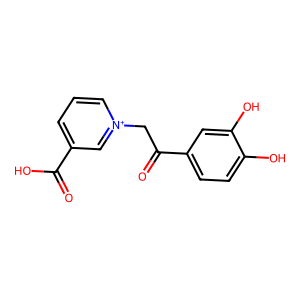
SMILES: O=C(O)c1ccc[n+](CC(=O)c2ccc(O)c(O)c2)c1
Inhibits HIV replication: No